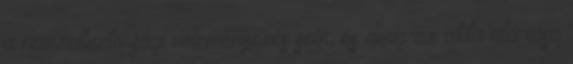
a nemzetbiztonsági véleményezés sem, és amíg az akta aláírása